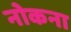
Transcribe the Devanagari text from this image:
नोकना